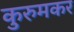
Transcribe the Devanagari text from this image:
कुरुमकर